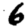
Digit: 6